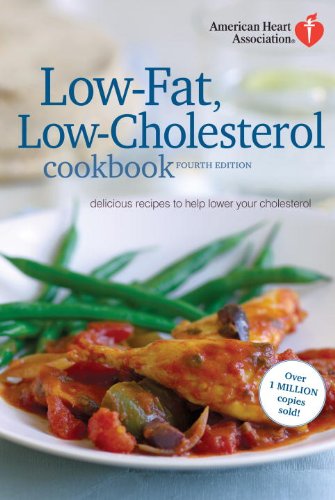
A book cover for American Heart Association Low-Fat, Low-Cholesterol Cookbook, 4th edition: Delicious Recipes to Help Lower Your Cholesterol; American Heart Association; Cookbooks, Food & Wine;